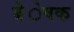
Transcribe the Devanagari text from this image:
बेेेेेषक